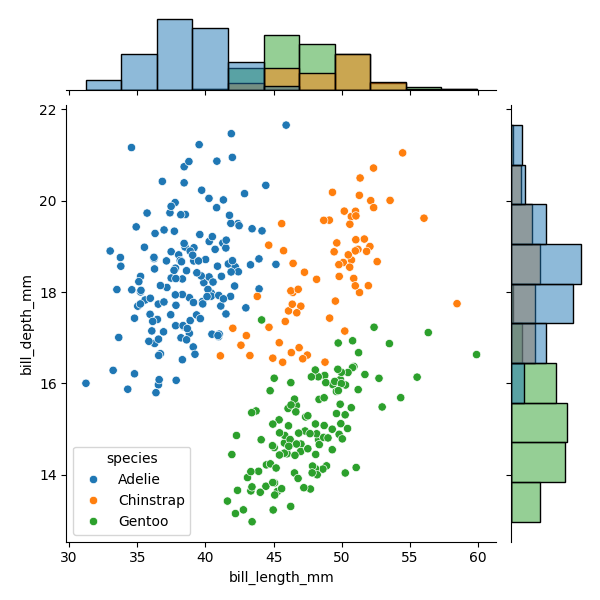
python, seaborn, JointGrid, scatterplot, histplot, hue